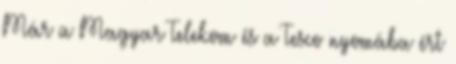
Már a Magyar Telekom és a Tesco nyomába ért